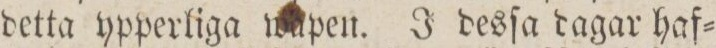
detta ypperliga wapen. J desſa dagar haf=